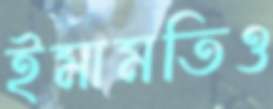
ইমামতিও